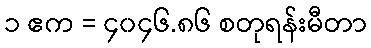
၁ ဧက = ၄၀၄၆.၈၆ စတုရန်းမီတာ